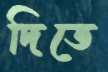
দিতে